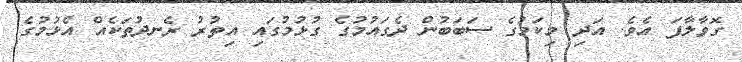
ގޮވާލާފަ އެވެ. އަދި މިކަމުގެ ސަބަބުން ދެގައުމުގެ ގުޅުމުގައި އިތުރު ރެނދުތަކެއް އެޅުމުގެ